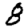
Digit: 8